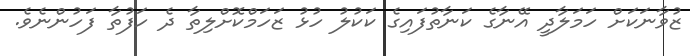
ޒުވާނަކަށް ހަމަލާދީ އޭނާގެ ކަނާތުފައިގެ ކަކުލު ހުޅު ޒަހަމްކޮށްލިތާ ދެ ހަފުތާ ފަހުންނެވެ.